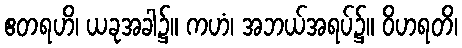
ဧတရဟိ၊ ယခုအခါ၌။ ကဟံ၊ အဘယ်အရပ်၌။ ဝိဟရတိ၊